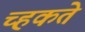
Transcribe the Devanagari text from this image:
च्हकते